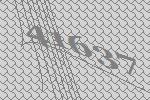
41637